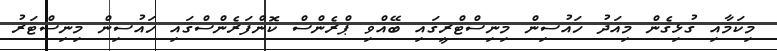
މިކަމާއި ގުޅިގެން މިއަދު ހައުސިން މިނިސްޓްރީގައި ބޭއްވި ޕްރެންސް ކޮންފަރެންސްގައި ހައުސިން މިނިސްޓަރު